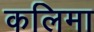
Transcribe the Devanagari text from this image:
कलिमा